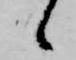
候